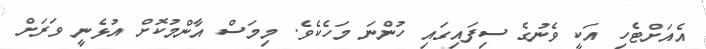
އެއަށްޓެހި އަކީ ވެނުގެ ސިފައިގައި ހުންނަ މަހެކެވެ. މިމަސް އާންމުކޮށް އުޅެނީ ވަރަށް